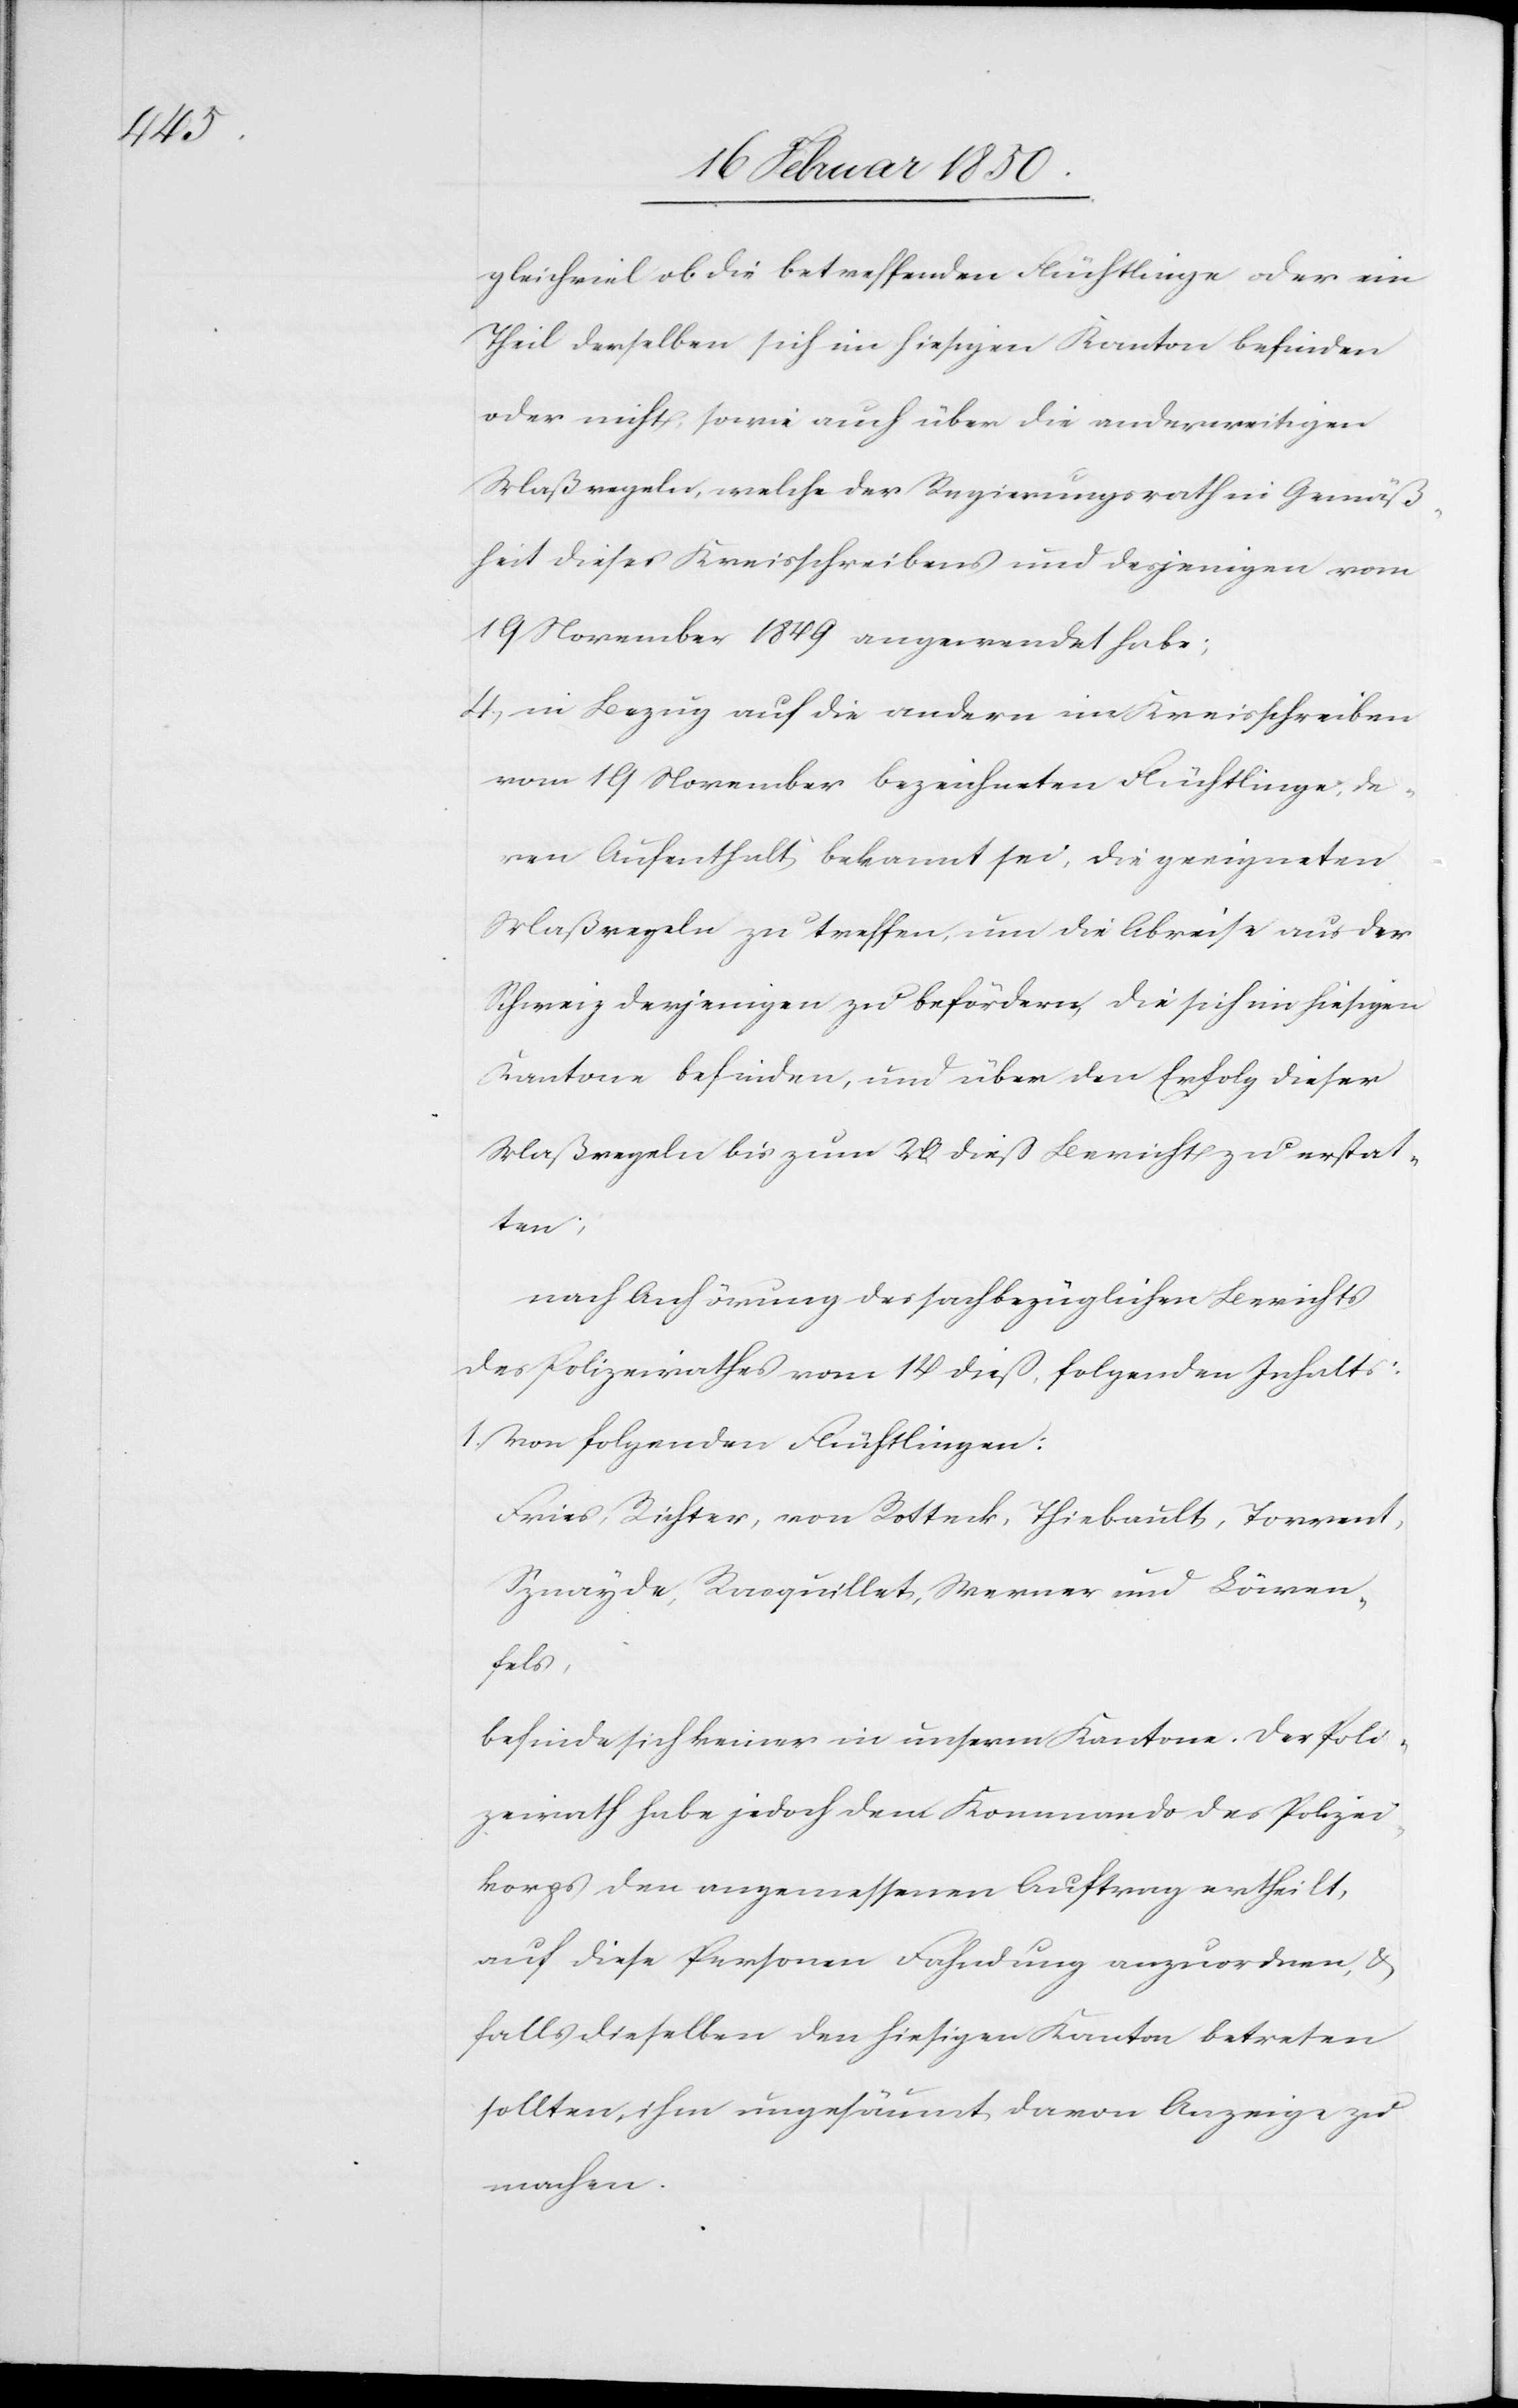
gleichviel ob die betreffenden Flüchtlinge oder ein
Theil derselben sich im hiesigen Kanton befinden
oder nicht, sowie auch über die anderweitigen
Maßregeln, welche der Regierungsrath in Gemäß¬
heit diese Kreisschreibens und desjenigen vom
19 November 1849 angewendet habe;
4, in Bezug auf die andern im Kreisschreiben
vom 19 November bezeichneten Flüchtlinge, de¬
ren Aufenthalt bekannt sei, die geeigneten
Maßregeln zu treffen, um die Abreise aus der
Schweiz derjenigen zu befördern, die sich im hiesigen
Kantone befinden, und über den Erfolg dieser
Maßregeln bis zum 20 dieß Bericht zu erstat¬
ten;
nach Anhörung des sachbezüglichen Berichts
des Polizeirathes vom 14 dieß, folgenden Inhalts:
1. Von folgenden Flüchtlingen:
Fries, Richter, von Rotteck, Thiebault, Torrend,
Sznayde, Racquillet, Werner und Löwen¬
fels,
befinde sich keiner in unserm Kantone. Der Poli¬
zeirath habe jedoch dem Kommando des Polizei¬
korps den angemessenen Auftrag ertheilt,
auf diese Personen Fahndung anzuordnen, u.
falls dieselben den hiesigen Kanton betreten
sollten, ihm ungesäumt davon Anzeige zu
machen.